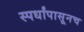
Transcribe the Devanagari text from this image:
स्पर्धांपासूनच